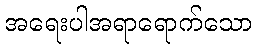
အရေးပါအရာရောက်သော